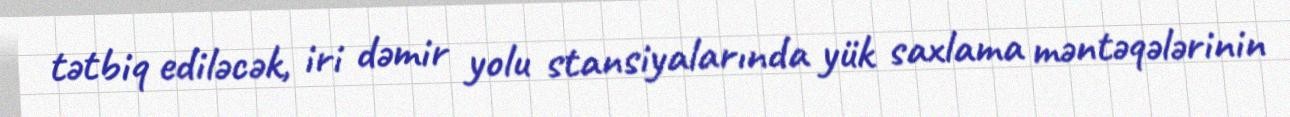
tətbiq ediləcək, iri dəmir yolu stansiyalarında yük saxlama məntəqələrinin